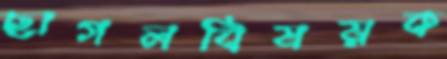
ছাগলবিষয়ক